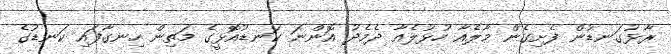
ރާޅުގަނޑުން ފެށިގެން މާލެއާ ހުޅުލެއާ ދެމެދު އޮންނަ ކަނޑުއޮޅީގެ މަތިން ހިނގާފައި ކަނޑުގެ